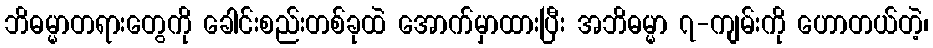
ဘိဓမ္မာတရားတွေကို ခေါင်းစည်းတစ်ခုထဲ အောက်မှာထားပြီး အဘိဓမ္မာ ၇-ကျမ်းကို ဟောတယ်တဲ့၊